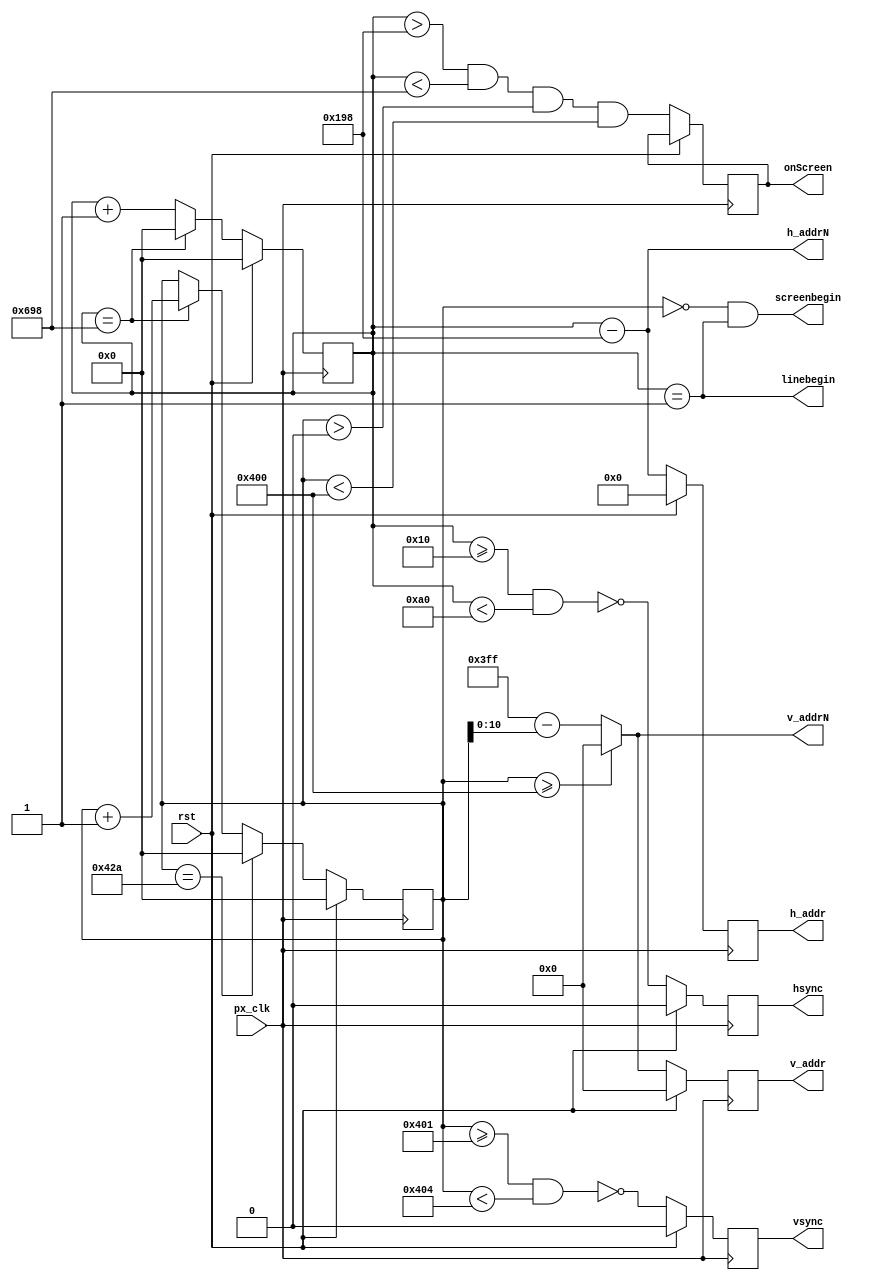
module vga_sync_gen#(
	parameter HS_FP_WIDTH = 16,
	parameter HS_WIDTH = 144,
	parameter H_BP_WIDTH = 248,
	parameter HA_WIDTH = 1280,
	
	parameter VS_FP_WIDTH = 2,
	parameter VS_WIDTH = 3,
	parameter V_BP_WIDTH = 38,
	parameter VA_WIDTH = 1024
	
)(
	input wire px_clk,
	input wire rst,
	output reg hsync,
	output reg vsync,
	output wire screenbegin,
	output wire linebegin,
	output wire [12:0] h_addrN,
	output wire [10:0] v_addrN,
	output reg [12:0] h_addr,
	output reg [10:0] v_addr,
	output reg onScreen
);

localparam HS_STA = HS_FP_WIDTH;
localparam HS_END = HS_STA + HS_WIDTH;
localparam HA_STA = HS_STA + HS_WIDTH + H_BP_WIDTH;
localparam VS_STA = VA_WIDTH-1+VS_FP_WIDTH;//1024 + 1;
localparam VS_END = VA_WIDTH-1+VS_FP_WIDTH+VS_WIDTH;//1024 + 1 + 3;
localparam VA_END = VA_WIDTH;
localparam LINE = HS_STA+HS_WIDTH+H_BP_WIDTH+HA_WIDTH;
localparam SCREEN = VA_WIDTH-1+VS_FP_WIDTH+VS_WIDTH+V_BP_WIDTH;


wire hsyncN, vsyncN;
wire onScreenN;
reg [11:0] h_count;
reg [11:0] v_count;

assign hsyncN = ~((h_count >= HS_STA) & (h_count < HS_END));
assign vsyncN = ~((v_count >= VS_STA) & (v_count < VS_END));

assign h_addrN = h_count - HA_STA;
//assign h_addrN = (h_count < HA_STA) ? 0 : (h_count - HA_STA);
assign v_addrN = (v_count >= VA_END) ? 0 : (VA_END-1-v_count);

assign screenbegin = (v_count == 12'b0) & linebegin;
assign linebegin = (h_count == 12'b1);

assign onScreenN = (h_count > HA_STA) && (h_count < LINE) && (v_count > 0) && (v_count < VA_WIDTH);

always @ (posedge px_clk)
begin
	if(rst)
	begin
		h_count <= 0;
		v_count <= 0;
		hsync <= 0;
		vsync <= 0;
		h_addr <= 0;
		v_addr <= 0;
	end else begin
		hsync <= hsyncN;
		vsync <= vsyncN;
		h_addr <= h_addrN;
		v_addr <= v_addrN;
		onScreen <= onScreenN;
		if(h_count == LINE)
		begin
			h_count <= 0;
			v_count <= v_count + 1;
		end
		else
		begin
			h_count <= h_count + 1;
		end
	
		if(v_count == SCREEN)
		begin
		v_count <= 0;
		end
	end
end

endmodule